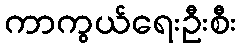
ကာကွယ်ရေးဦးစီး